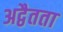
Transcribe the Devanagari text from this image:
अद्वैतता